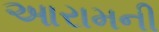
આરામની